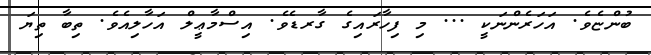
ބުންޏެވެ. އަހަރެންނަކީ ... މި ފިހާރައިގެ ގާރޑެވެ. އިސްމާޢީލް އަހާލިއެވެ. ތިބާ ތިޔަ